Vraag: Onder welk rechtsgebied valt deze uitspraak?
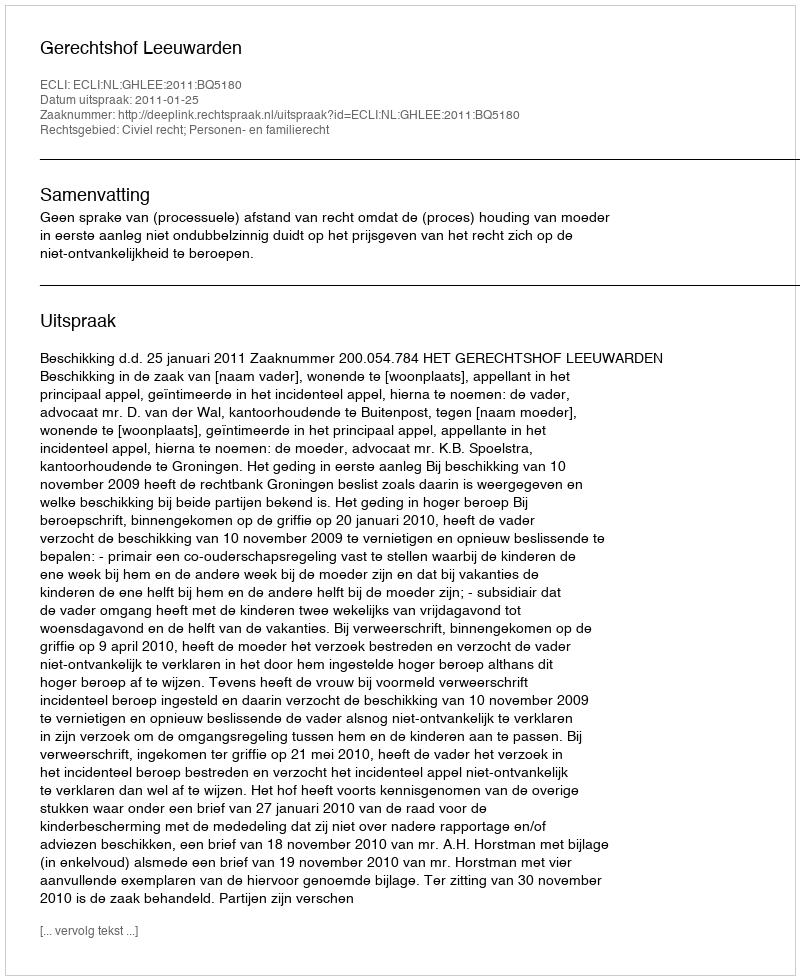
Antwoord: Civiel recht; Personen- en familierecht